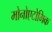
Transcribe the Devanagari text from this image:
मोनोएटोमिक